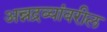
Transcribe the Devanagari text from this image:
अन्नद्रव्यांवरील